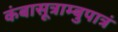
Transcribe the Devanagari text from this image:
कंबासूत्राम्बुपात्रं